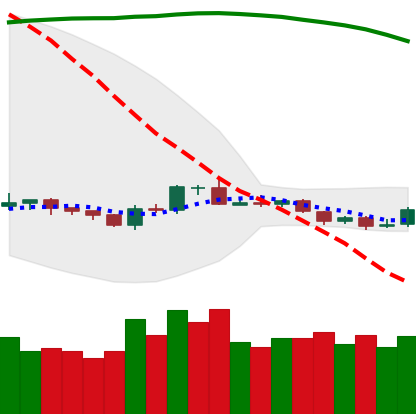
Ticker: BTC-USD
Chart end date: 2019-10-20
Forward return: 5.335%
Label: up_5_7